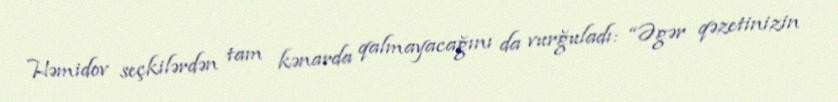
Həmidov seçkilərdən tam kənarda qalmayacağını da vurğuladı: “Əgər qəzetinizin